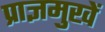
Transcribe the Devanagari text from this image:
प्राज्ञमुखें